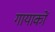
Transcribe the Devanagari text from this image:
गायाकों